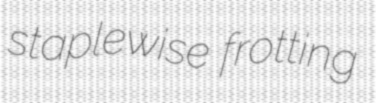
staplewise frotting